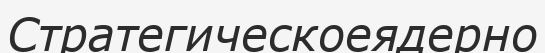
Стратегическоеядерно